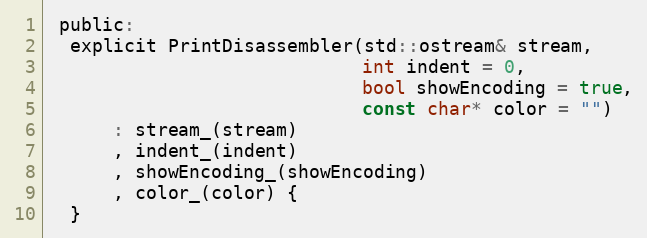
Language: C
 public:
  explicit PrintDisassembler(std::ostream& stream,
                             int indent = 0,
                             bool showEncoding = true,
                             const char* color = "")
      : stream_(stream)
      , indent_(indent)
      , showEncoding_(showEncoding)
      , color_(color) {
  }